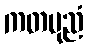
ကတပုညံ